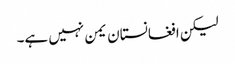
لیکن افغانستان یمن نہیں ہے۔